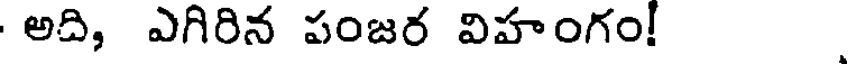
అది, ఎగిరిన పంజర విహంగం!